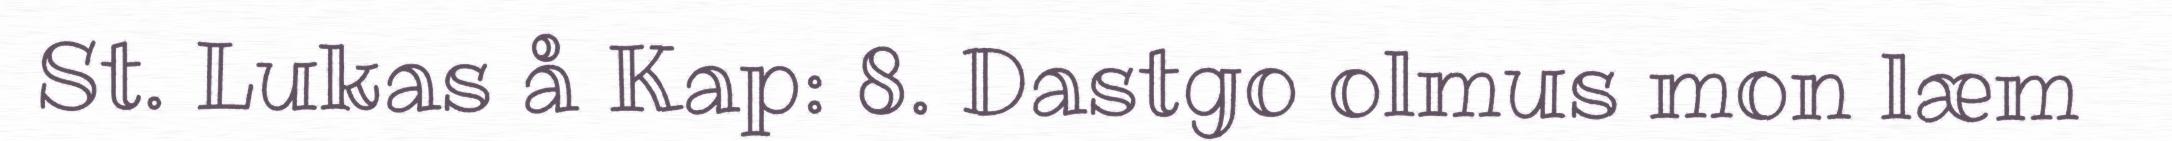
St. Lukas å Kap: 8. Dastgo olmus mon læm